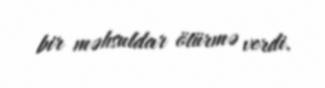
bir məhsuldar ötürmə verdi.